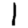
Digit: 1